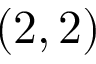
( 2 , 2 )